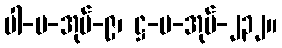
ပါ-ပ-အုပ်-၉၊ ဋ္ဌ-ပ-အုပ်-၂၃၂။